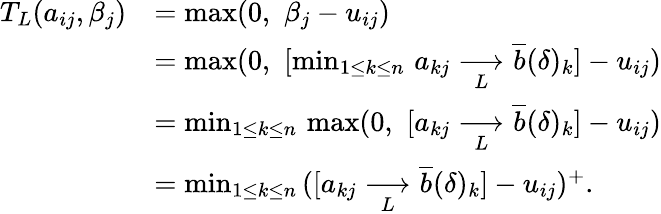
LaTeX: \begin{array}{rl}{T_{L}(a_{ij},\beta_{j})}&{=\operatorname*{max}(0,\, \, \beta_{j}-u_{ij})}\\ &{=\operatorname*{max}(0,\, \, [\operatorname*{min}_{1\leq k\leq n}\, a_{kj}\underset{L}{\longrightarrow}\overline{{b}}(\delta)_{k}]-u_{ij})}\\ &{=\operatorname*{min}_{1\leq k\leq n}\, \operatorname*{max}(0,\, \, [a_{kj}\underset{L}{\longrightarrow}\overline{{b}}(\delta)_{k}]-u_{ij})}\\ &{=\operatorname*{min}_{1\leq k\leq n}\, ([a_{kj}\underset{L}{\longrightarrow}\overline{{b}}(\delta)_{k}]-u_{ij})^{+}.}\end{array}